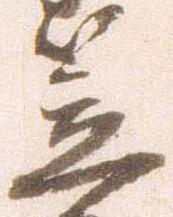
笠